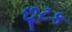
છૂટક